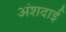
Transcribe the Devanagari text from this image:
अंशदाई